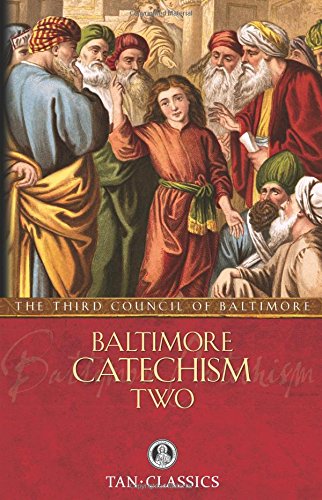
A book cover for Baltimore Catechism  Two; of; Christian Books & Bibles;